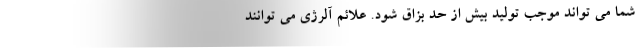
شما می تواند موجب تولید بیش از حد بزاق شود. علائم آلرژی می توانند